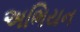
અભિયન